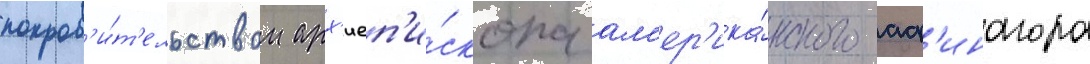
покров'и́т'ельством арх'иеп'и́скопа ам'ер'ика́нского аф'инагора